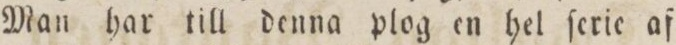
Man har till denna plog en hel ſerie af